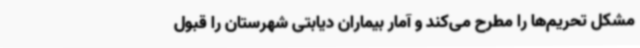
مشکل تحریم‌ها را مطرح می‌کند و آمار بیماران دیابتی شهرستان را قبول